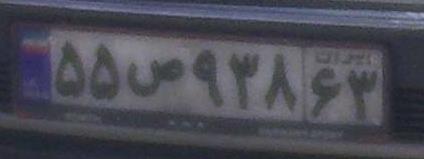
۵۵ص۹۳۸۶۳